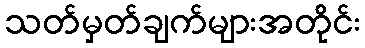
သတ်မှတ်ချက်များအတိုင်း